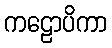
ကဠောပိကာ